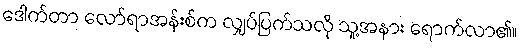
ဒေါက်တာ လော်ရာအန်းစ်က လျှပ်ပြက်သလို သူ့အနား ရောက်လာ၏။